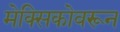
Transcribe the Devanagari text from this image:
मेक्सिकोवरून